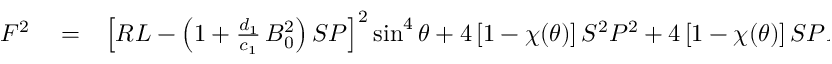
\begin{array} { r l r } { F ^ { 2 } } & { { } = } & { \left[ { \cal R } { \cal L } - \left( 1 + \frac { d _ { 1 } } { c _ { 1 } } \, B _ { 0 } ^ { 2 } \right) { \cal S } { \cal P } \right] ^ { 2 } \sin ^ { 4 } \theta + 4 \left[ 1 - \chi ( \theta ) \right] { \cal S } ^ { 2 } { \cal P } ^ { 2 } + 4 \left[ 1 - \chi ( \theta ) \right] { \cal S } { \cal P } { \cal R } { \cal L } \sin ^ { 2 } \theta } \end{array}